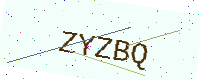
Text: ZYZBQ